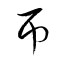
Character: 帀